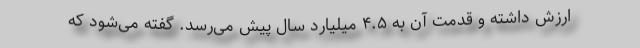
ارزش داشته و قدمت آن به ۴.۵ میلیارد سال پیش می‌رسد. گفته می‌شود که